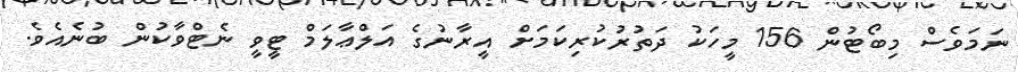
ނަމަވެސް މިބޯޓުން 156 މީހަކު ދަތުރުކުރިކަމަށް އީރާނުގެ އަލްޢާލަމް ޓީވީ ނެޓްވާކުން ބުނެއެވެ.